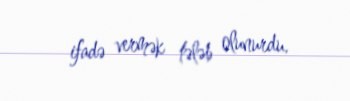
ifadə vermək tələb olunurdu.